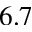
6 . 7